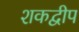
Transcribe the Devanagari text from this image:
शकद्वीप